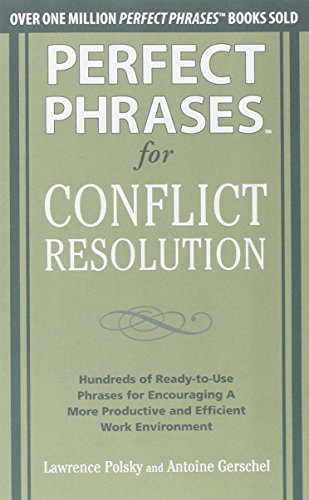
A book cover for Perfect Phrases for Conflict Resolution: Hundreds of Ready-to-Use Phrases for Encouraging a More Productive and Efficient Work Environment (Perfect Phrases Series); Lawrence Polsky; Parenting & Relationships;